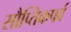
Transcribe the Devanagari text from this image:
सौप्तिकपर्व